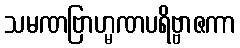
သမဏဗြာဟ္မဏပရိဗ္ဗာဇကာ